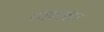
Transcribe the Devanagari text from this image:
दंतकाथाएं